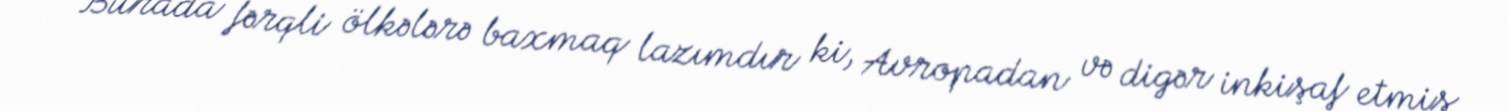
Burada fərqli ölkələrə baxmaq lazımdır ki, Avropadan və digər inkişaf etmiş